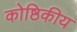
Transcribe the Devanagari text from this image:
कोष्ठिकीय